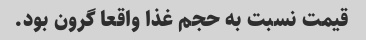
قیمت نسبت به حجم غذا واقعا گرون بود.